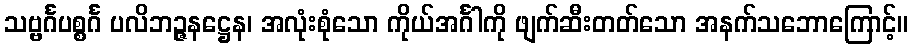
သဗ္ဗင်္ဂပစ္စင်္ဂ ပလိဘဉ္ဇနဋ္ဌေန၊ အလုံးစုံသော ကိုယ်အင်္ဂါကို ဖျက်ဆီးတတ်သော အနက်သဘောကြောင့်။